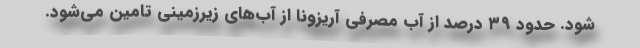
شود. حدود ۳۹ درصد از آب مصرفی آریزونا از آب‌های زیرزمینی تامین می‌شود.